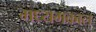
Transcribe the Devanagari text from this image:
मध्यमकाल